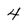
Character: 4